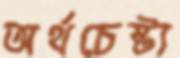
অর্থচেষ্টা